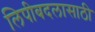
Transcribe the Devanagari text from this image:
लिपीबदलासाठी